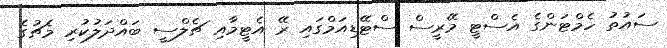
ސައުތު ހެމްޓަންގެ އެސްޓީ މޭރީސް ސްޓޭޑިއަމްގައި ރޭ އެޓީމާއި ޗެލްސީ ބައްދަލުކުރި މެޗުގެ